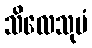
သိလေသုမံ